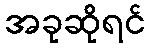
အခုဆိုရင်